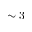
\sim 3